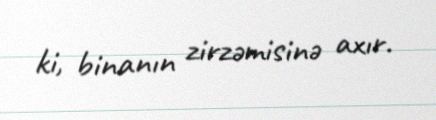
ki, binanın zirzəmisinə axır.